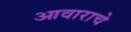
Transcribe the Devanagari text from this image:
आवाराचे